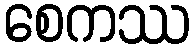
စေကဿ